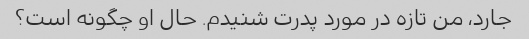
جارد، من تازه در مورد پدرت شنیدم. حال او چگونه است؟